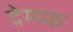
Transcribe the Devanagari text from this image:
देम्प्फ